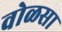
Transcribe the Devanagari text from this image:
वोळसा